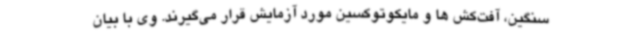
سنگین، آفت‌کش ها و مایکوتوکسین مورد آزمایش قرار می‌گیرند. وی با بیان